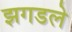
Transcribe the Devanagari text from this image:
झगडले